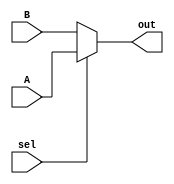
`timescale 1ns / 1ps

module mux # ( parameter WL = 32 )
(
    input [WL - 1 : 0] A,
    input [WL - 1 : 0] B,
    input sel,
    output [WL - 1 : 0] out
);
    assign out = sel ? A : B;
    
endmodule